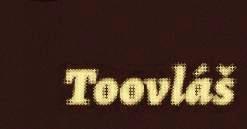
Toovláš